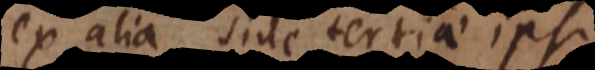
ex alia sine tertiae ipsis